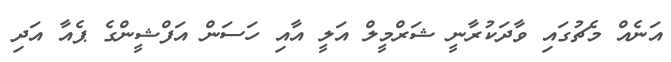
އަނެއް މެޗުގައި ވާދަކުރާނީ ޝަރްމީލް އަލީ އާއި ހަސަން އަފްޝީންގެ ޕެއާ އަދި